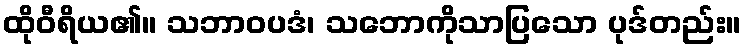
ထိုဝီရိယ၏။ သဘာဝပဒံ၊ သဘောကိုသာပြသော ပုဒ်တည်း။